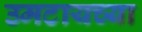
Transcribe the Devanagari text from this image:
उमटायच्या